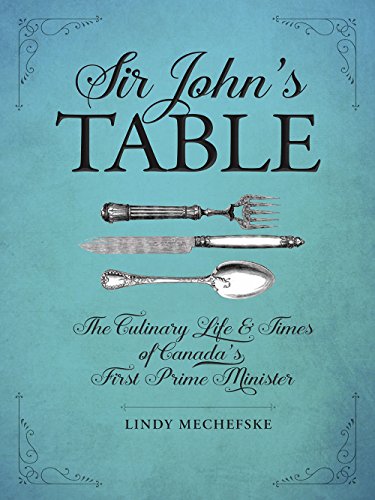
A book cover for Sir John's Table: The Culinary Life and Times of Canada's First Prime Minister; Lindy Mechefske; Cookbooks, Food & Wine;